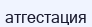
атгестация